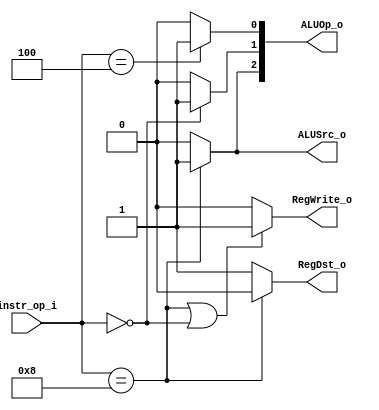
module Decoder( instr_op_i, RegWrite_o,	ALUOp_o, ALUSrc_o, RegDst_o );
     
//I/O ports
input	[6-1:0] instr_op_i;

output			RegWrite_o;
output	[3-1:0] ALUOp_o;
output			ALUSrc_o;
output			RegDst_o;
 
//Internal Signals
wire	[3-1:0] ALUOp_o;
wire			ALUSrc_o;
wire			RegWrite_o;
wire			RegDst_o;

//Main function
/*your code here*/

assign RegWrite_o = (instr_op_i == 6'b001000 || instr_op_i == 6'b000000)? 1'b1 : 1'b0;
assign ALUSrc_o = (instr_op_i == 6'b001000)? 1'b1 : 1'b0;
assign ALUOp_o[0] = (instr_op_i == 6'b000100) ? 1'b1 : 1'b0;
assign ALUOp_o[1] = (instr_op_i == 6'b000000) ? 1'b1 : 1'b0;
assign ALUOp_o[2] = (instr_op_i == 6'b001000) ? 1'b1 : 1'b0;
assign RegDst_o = (instr_op_i == 6'b001000) ? 1'b0 : 1'b1;

endmodule